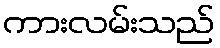
ကားလမ်းသည်